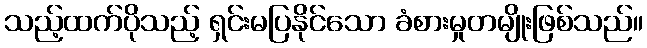
သည့်ထက်ပိုသည့် ရှင်းမပြနိုင်သော ခံစားမှုတမျိုးဖြစ်သည်။